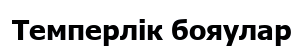
Темперлік бояулар